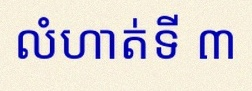
លំហាត់ទី ៣